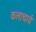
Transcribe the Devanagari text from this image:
कलाचार्य